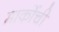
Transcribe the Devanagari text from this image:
मार्कोची